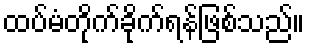
ထပ်မံတိုက်ခိုက်ရန်ဖြစ်သည်။